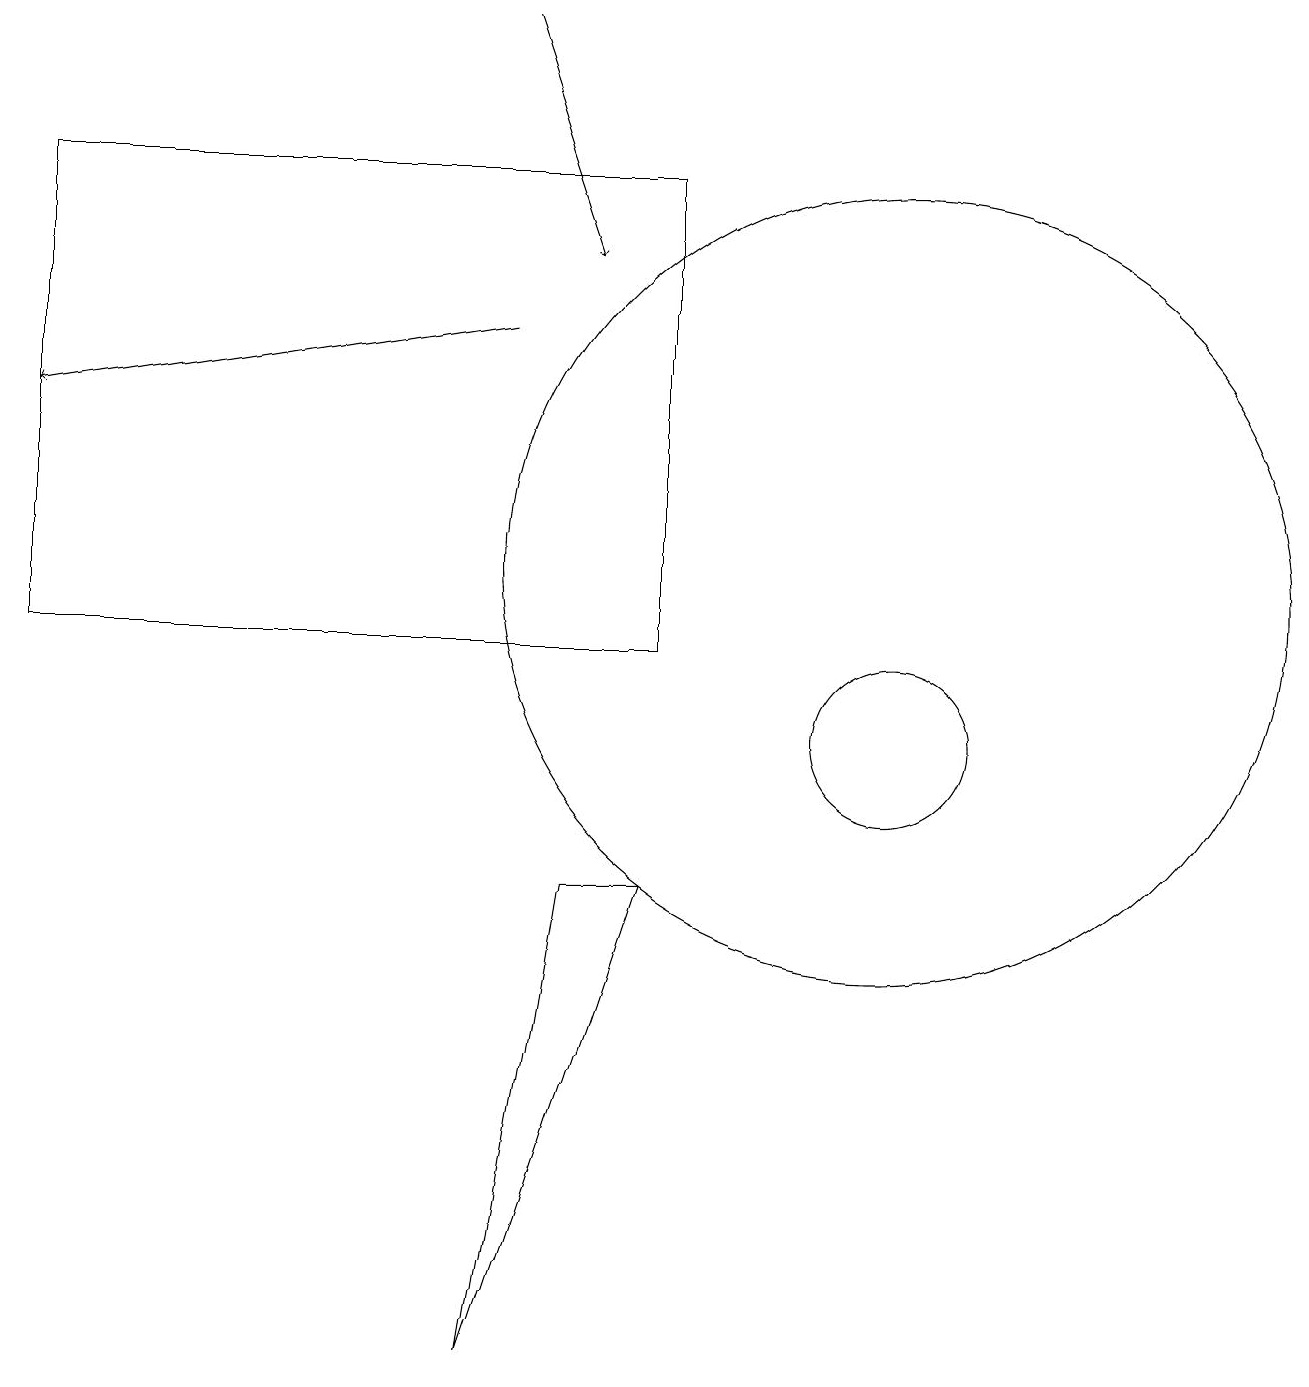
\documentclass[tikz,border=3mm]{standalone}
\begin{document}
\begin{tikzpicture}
\draw (8,8) -- (7,8) -- (6,2) -- cycle;
\draw (11,12) circle (5);
\draw (11,10) circle (1);
\draw[->] (6,19) -- (7,16);
\draw[->] (6,15) -- (0,14);
\draw (0,17) rectangle (8,11);
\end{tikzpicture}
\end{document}